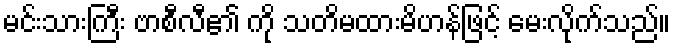
မင်းသားကြီး ဗာစီလီ၏ ကို သတိမထားမိဟန်ဖြင့် မေးလိုက်သည်။